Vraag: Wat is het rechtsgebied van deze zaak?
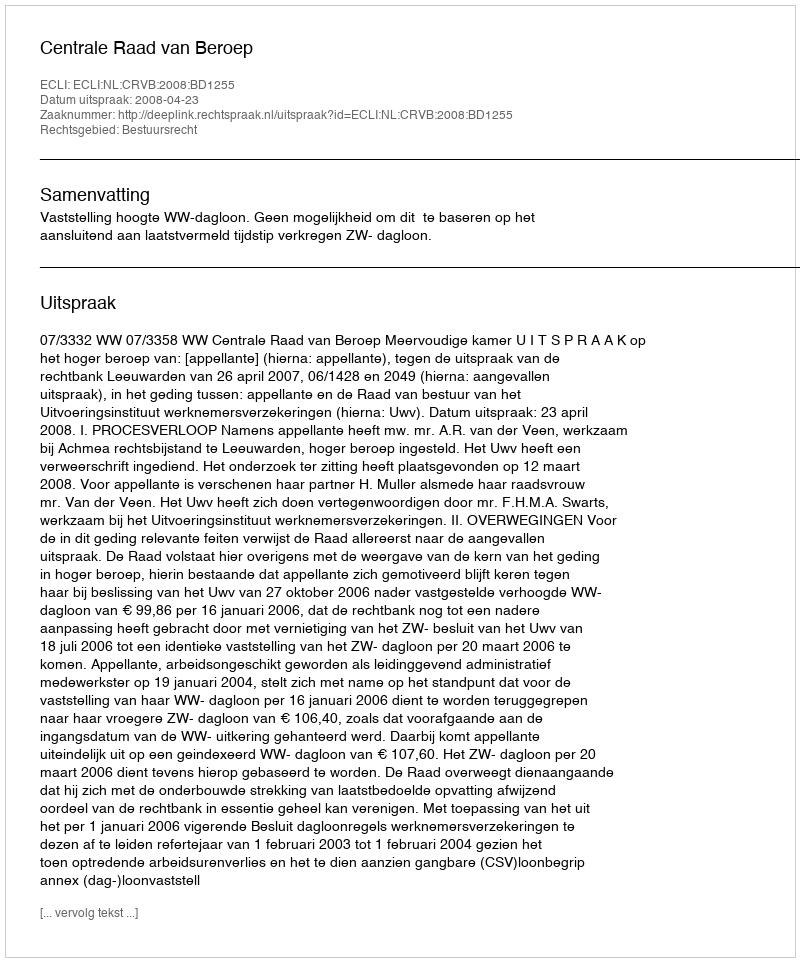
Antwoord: Bestuursrecht